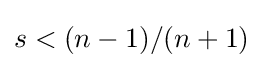
s<(n-1)/(n+1)